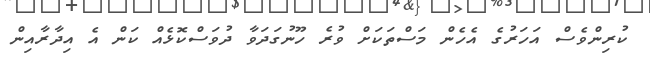
ކުރިންވެސް އަހަރުގެ އެހެން މަސްތަކަށް ވުރެ ހޫނުގަދަވާ ދުވަސްކޮޅެއް ކަން އެ އިދާރާއިން